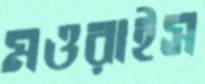
মওরাইস